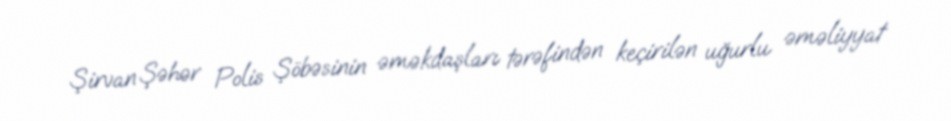
Şirvan Şəhər Polis Şöbəsinin əməkdaşları tərəfindən keçirilən uğurlu əməliyyat